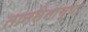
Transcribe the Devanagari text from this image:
तानसेनाच्या